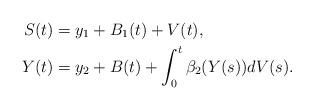
LaTeX: \begin{align*}S(t) &= y_1 + B_1(t) + V(t), \\ Y(t) &= y_2 + B(t) + \int_0^t \beta_2(Y(s)) dV(s). \end{align*}